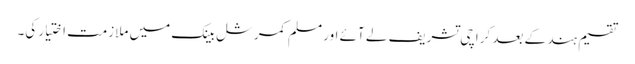
تقسیم ہند کے بعد کراچی تشریف لے آئے اور مسلم کمرشل بینک میں ملازمت اختیار کی۔